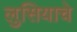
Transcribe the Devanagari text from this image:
लुसियाचे